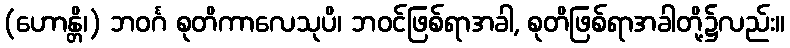
(ဟောန္တိ၊) ဘဝင်္ဂ စုတိကာလေသုပိ၊ ဘဝင်ဖြစ်ရာအခါ, စုတိဖြစ်ရာအခါတို့၌လည်း။